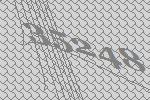
35248